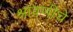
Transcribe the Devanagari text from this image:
श्रावणीचे